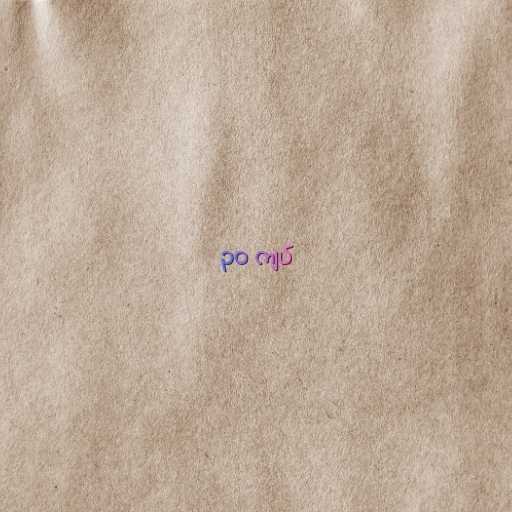
၃၀ ကျပ်